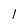
Character: 1